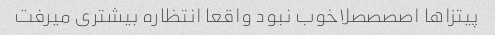
پیتزاها اصصصصلاخوب نبود واقعا انتظاره بیشتری میرفت